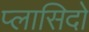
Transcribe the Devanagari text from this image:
प्लासिदो